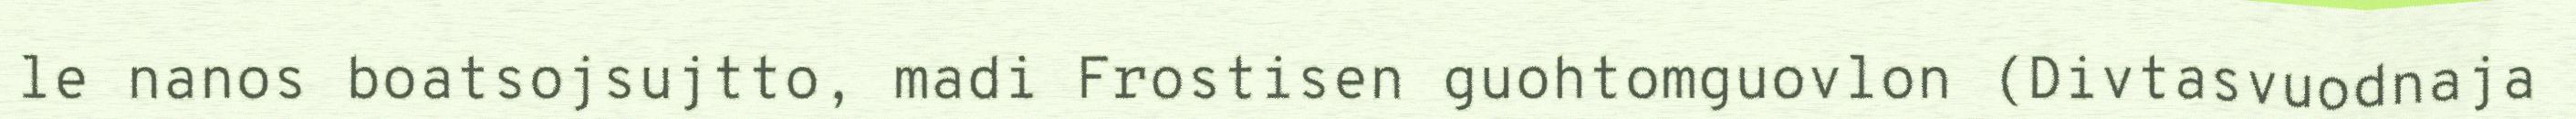
le nanos boatsojsujtto, madi Frostisen guohtomguovlon (Divtasvuodnaja